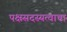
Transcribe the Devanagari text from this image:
पक्षसदस्यत्वाचा